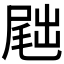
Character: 𪨕